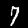
Label: 7